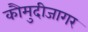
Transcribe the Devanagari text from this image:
कौमुदीजागर